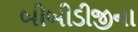
બીબીડીજીના